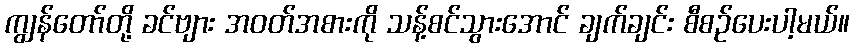
ကျွန်တော်တို့ ခင်ဗျား အဝတ်အစားကို သန့်စင်သွားအောင် ချက်ချင်း စီစဉ်ပေးပါ့မယ်။